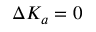
\Delta K _ { a } = 0